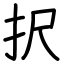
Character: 択